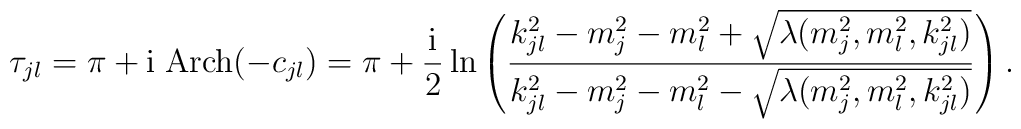
\tau_{jl}=\pi+\mbox{i}\; \mbox{Arch}(-c_{jl})= \pi + \frac{\mbox{i}}{2}\ln\left(\frac{k_{jl}^2-m_j^2-m_l^2+\sqrt{\lambda(m_j^2,m_l^2,k_{jl}^2)}}     {k_{jl}^2-m_j^2-m_l^2-\sqrt{\lambda(m_j^2,m_l^2,k_{jl}^2)}}\right) .